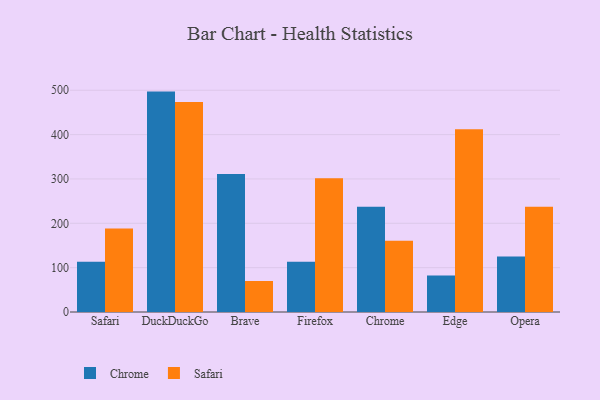
{"axis": {"x": "Browser", "y": "Active Users"}, "legend": ["Chrome", "Safari"], "data": [{"x": "Safari", "y": 113.3, "type": "Chrome"}, {"x": "Safari", "y": 188.3, "type": "Safari"}, {"x": "DuckDuckGo", "y": 497.0, "type": "Chrome"}, {"x": "DuckDuckGo", "y": 473.3, "type": "Safari"}, {"x": "Brave", "y": 311.0, "type": "Chrome"}, {"x": "Brave", "y": 69.9, "type": "Safari"}, {"x": "Firefox", "y": 113.3, "type": "Chrome"}, {"x": "Firefox", "y": 301.5, "type": "Safari"}, {"x": "Chrome", "y": 237.3, "type": "Chrome"}, {"x": "Chrome", "y": 160.6, "type": "Safari"}, {"x": "Edge", "y": 82.3, "type": "Chrome"}, {"x": "Edge", "y": 412.3, "type": "Safari"}, {"x": "Opera", "y": 125.4, "type": "Chrome"}, {"x": "Opera", "y": 237.2, "type": "Safari"}]}